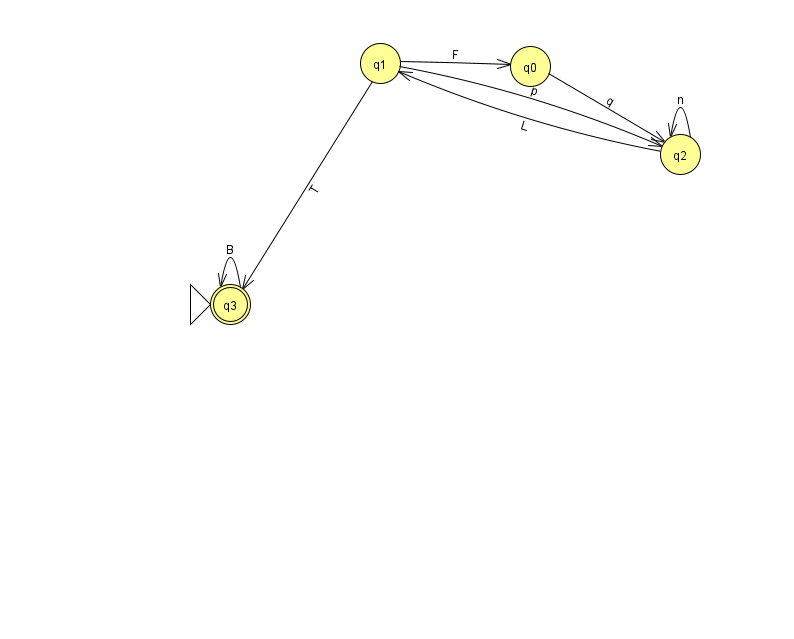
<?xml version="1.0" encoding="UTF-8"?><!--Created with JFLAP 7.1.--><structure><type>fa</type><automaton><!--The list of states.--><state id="0" name="q0"><x>530.0</x><y>53.0</y></state><state id="1" name="q1"><x>380.0</x><y>50.0</y></state><state id="2" name="q2"><x>680.0</x><y>141.0</y></state><state id="3" name="q3"><x>230.0</x><y>291.0</y><initial/><final/></state><!--The list of transitions.--><transition><from>1</from><to>2</to><read>p</read></transition><transition><from>1</from><to>3</to><read>T</read></transition><transition><from>3</from><to>3</to><read>B</read></transition><transition><from>0</from><to>2</to><read>q</read></transition><transition><from>2</from><to>1</to><read>L</read></transition><transition><from>1</from><to>0</to><read>F</read></transition><transition><from>2</from><to>2</to><read>n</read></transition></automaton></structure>